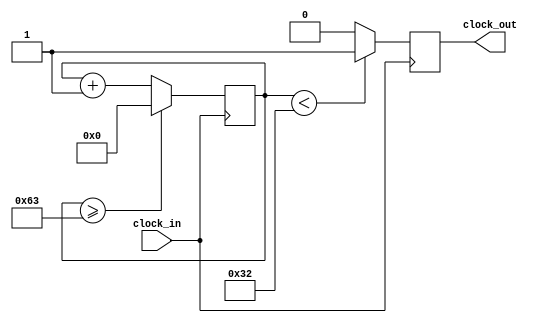
module Clock_divider(
	input clock_in, 
	output reg clock_out
);
	reg[27:0] counter=28'd0;
	parameter DIVISOR = 28'd100;
// The frequency of the output clk_out
//  = The frequency of the input clk_in divided by DIVISOR
// For example: Fclk_in = 50Mhz, if you want to get 1Hz signal to blink LEDs
// You will modify the DIVISOR parameter value to 28'd50.000.000
// Then the frequency of the output clk_out = 50Mhz/50.000.000 = 1Hz
	always @(posedge clock_in)
	begin
		counter <= counter + 28'd1;
		if(counter>=(DIVISOR-1))
			counter <= 28'd0;
		clock_out <= (counter<DIVISOR/2)?1'b1:1'b0;
	end
endmodule